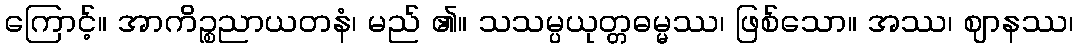
ကြောင့်။ အာကိဉ္စညာယတနံ၊ မည် ၏။ သသမ္ပယုတ္တဓမ္မဿ၊ ဖြစ်သော။ အဿ၊ ဈာနဿ၊